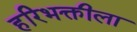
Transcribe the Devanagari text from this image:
हरिभक्तीला